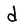
Character: d